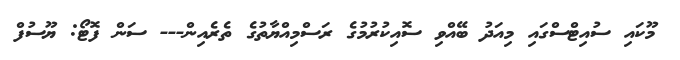
މޫކައި ސުއިޓްސްގައި މިއަދު ބޭއްވި ސޮއިކުރުމުގެ ރަސްމިއްޔާތުގެ ތެރެއިން--- ސަން ފޮޓޯ: ޔޫސުފް